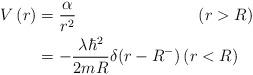
LaTeX: \begin{align*}V\left( r\right) & =\frac{\alpha}{r^{2}}\ \text{\ \ \ \ \ \ \ \ \ \ \ \ \ \ \ \ \ \ \ \ \ }\left( r>R\right) \\& =-\frac{\lambda\hbar^{2}}{2mR}\delta(r-R^{-})\left(r<R\right) \end{align*}